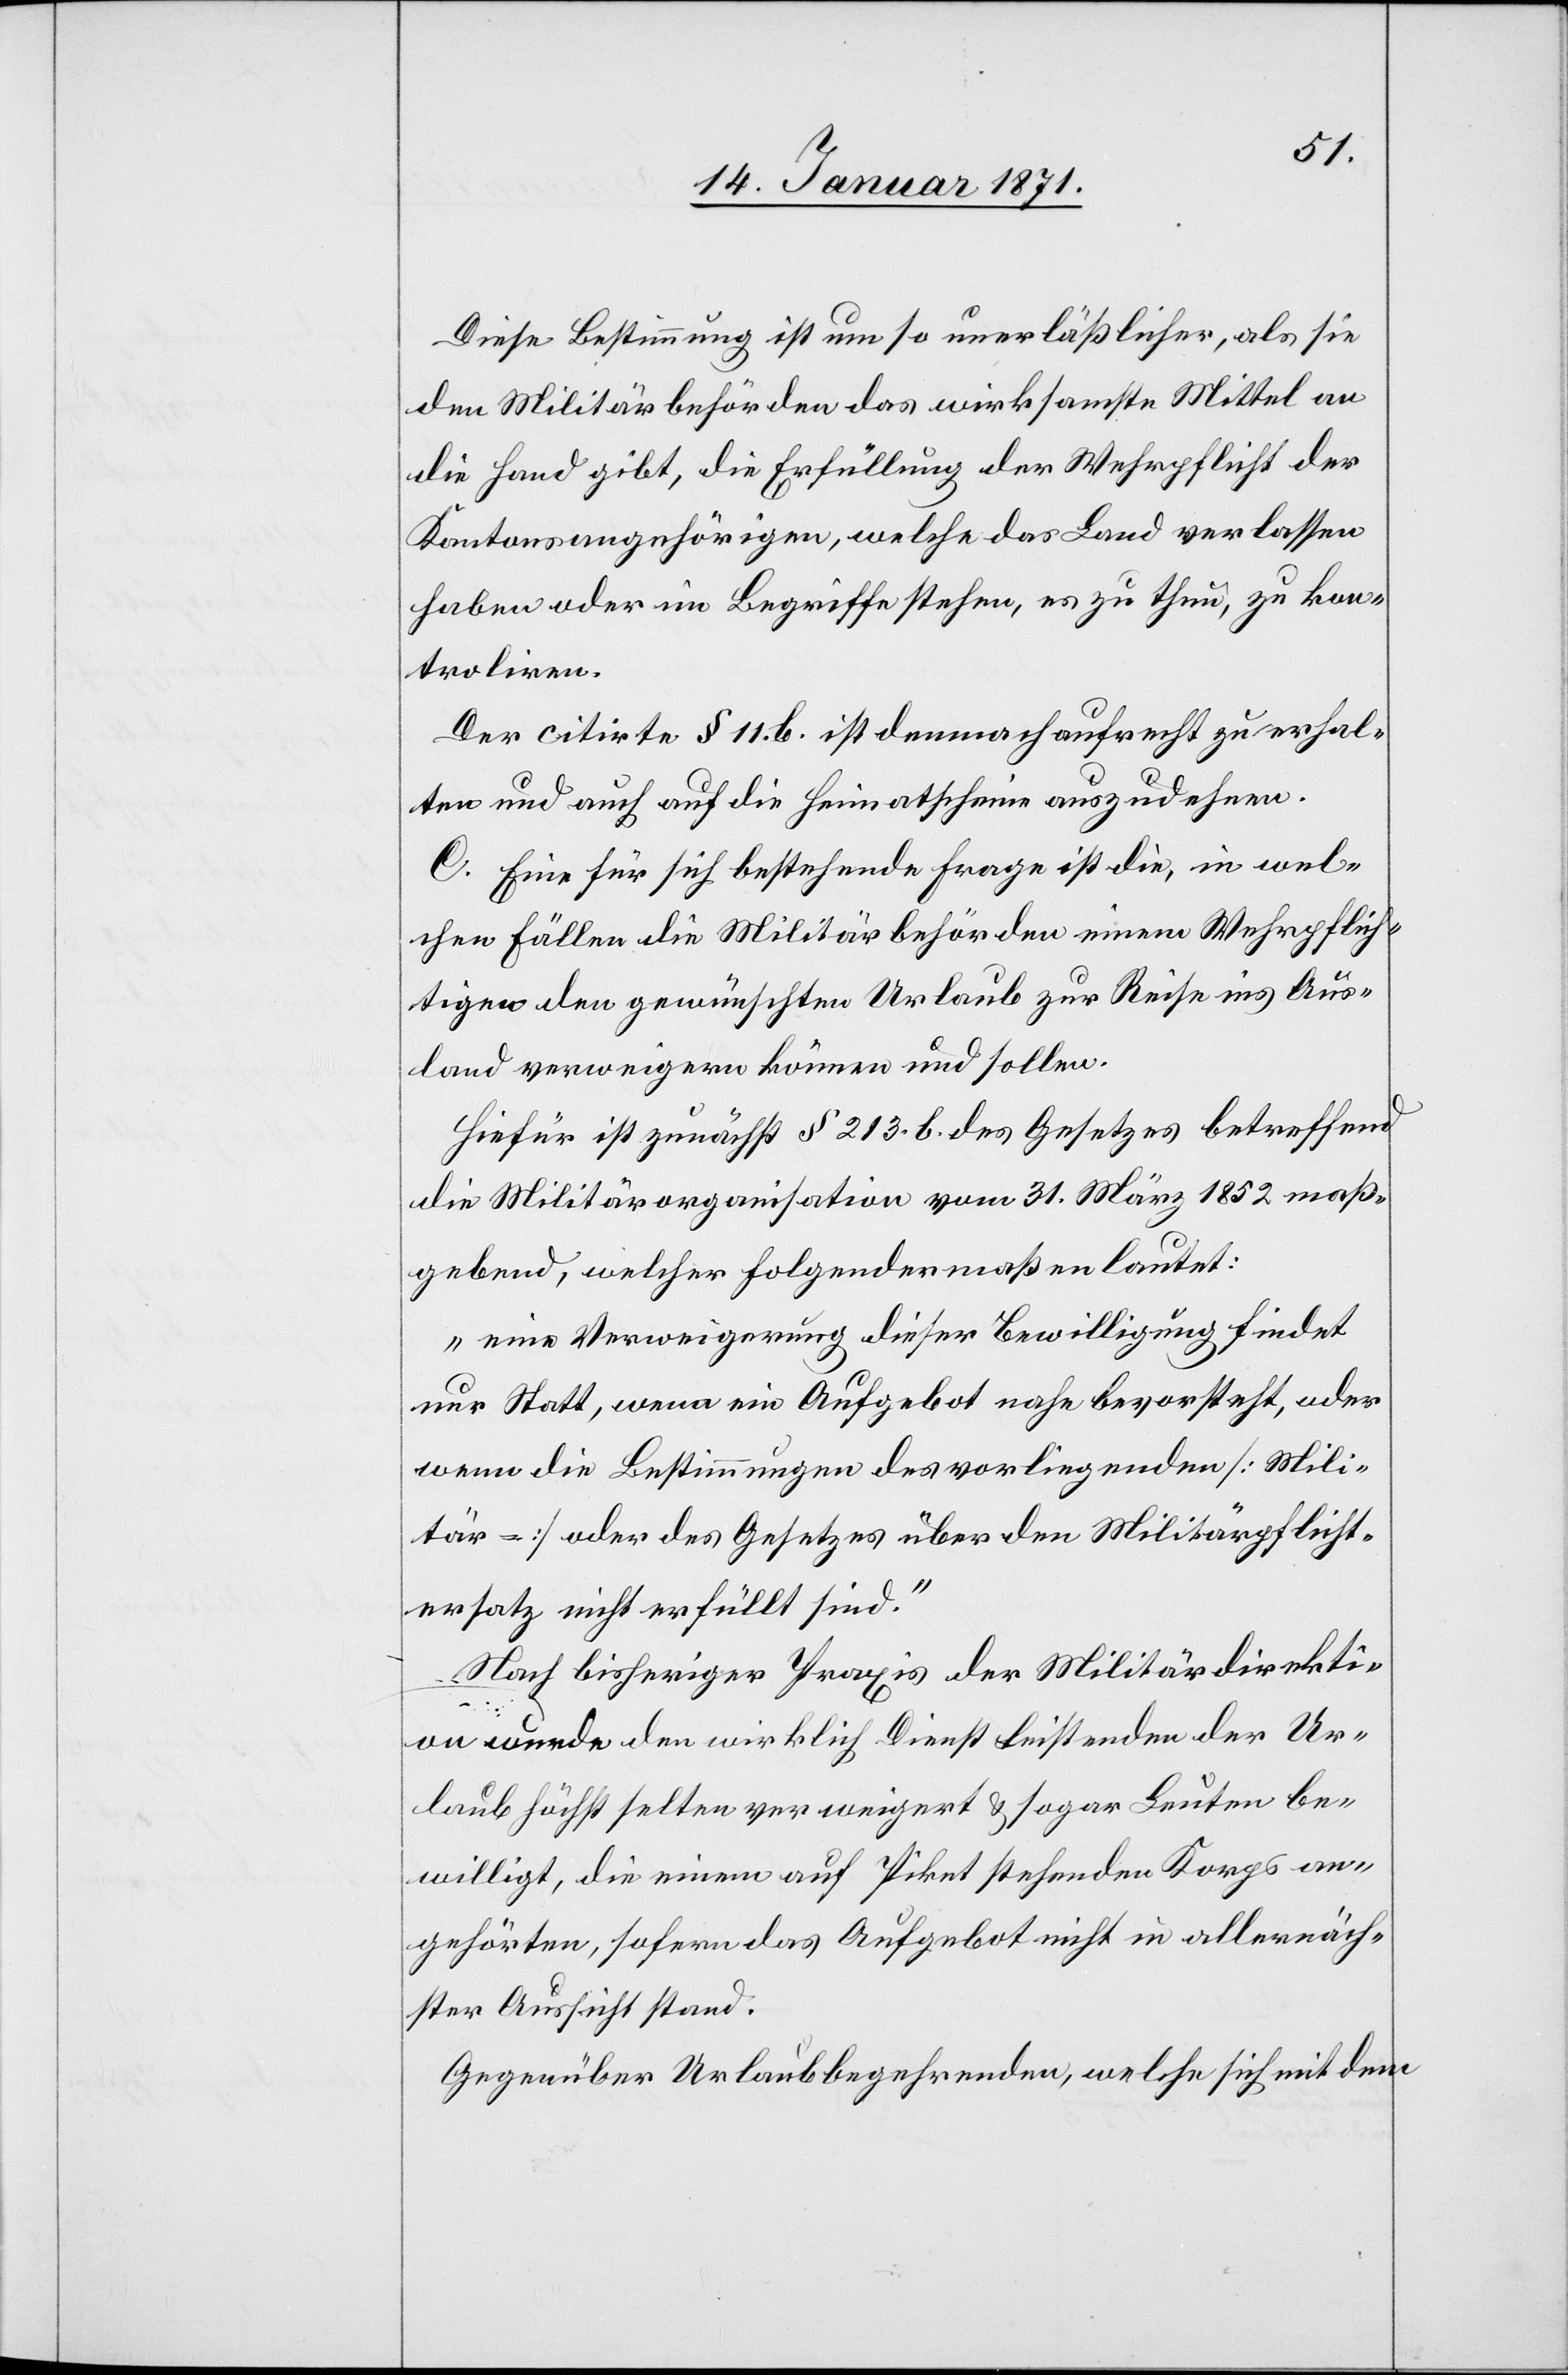
Diese Bestimmung ist um so unerläßlicher, als sie
den Militärbehörden das wirksamste Mittel an
die Hand gibt, die Erfüllung der Wehrpflicht der
Kantonsangehörigen, welche das Land verlassen
haben oder im Begriffe stehen, es zu thun, zu kon¬
troliren.
Der citirte § 11. b ist demnach aufrecht zu erhal¬
ten und auch auf die Heimatscheine auszudehnen.
C. Eine für sich bestehende Frage ist die, in wel¬
chen Fällen die Militärbehörden einem Wehrpflich¬
tigen den gewünschten Urlaub zur Reise ins Aus¬
land verweigern können und sollen.
Hiefür ist zunächst § 213. b des Gesetztes betreffend
die Militärorganisation vom 31. März 1852 maß¬
gebend, welcher folgendermaßen lautet:
„eine Verweigerung dieser Bewilligung findet
nur Statt, wenn ein Aufgebot noch bevorsteht, oder
wenn die Bestimmungen der vorliegenden [Mili¬
tär] oder des Gesetztes über den Militärpflicht¬
ersatz nicht erfüllt sind.“
Nach bisheriger Praxis der Militärdirekti¬
on werde den wirklich Dienst leistenden der Ur¬
laub höchst selten verweigert u. sogar Leuten be¬
willigt, die einem auf Piket stehenden Korps an¬
gehörten, sofern das Aufgebot nicht in allernäch¬
ster Aussicht stand.
Gegenüber Urlaubbegehrenden, welche sich mit dem